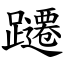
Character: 躚